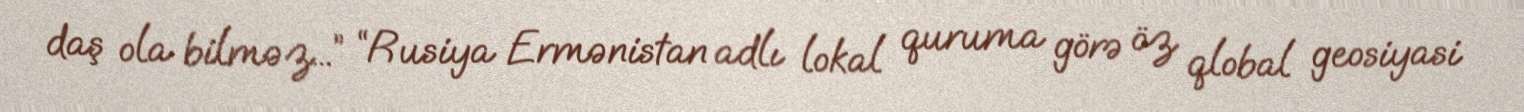
daş ola bilməz...” “Rusiya Ermənistan adlı lokal quruma görə öz qlobal geosiyasi